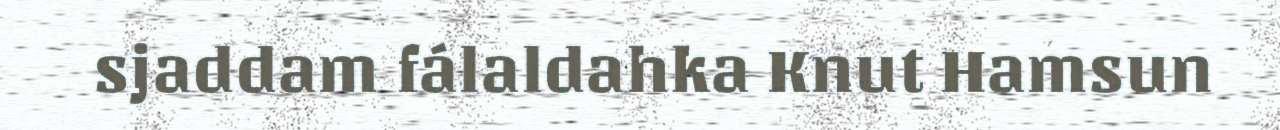
sjaddam fálaldahka Knut Hamsun